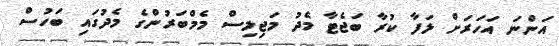
އަންނަ އަހަރަށް ލަފާ ކުރާ ބަޖެޓާ މެދު މަޖިލިސް މެމްބަރުންގެ މެދުގައި ބަހުސް